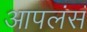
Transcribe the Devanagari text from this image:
आपलंसं